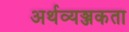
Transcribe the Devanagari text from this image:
अर्थव्यञ्जकता